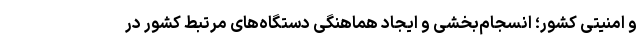
و امنیتی کشور؛ انسجام‌بخشی و ایجاد هماهنگی دستگاه­های مرتبط کشور در